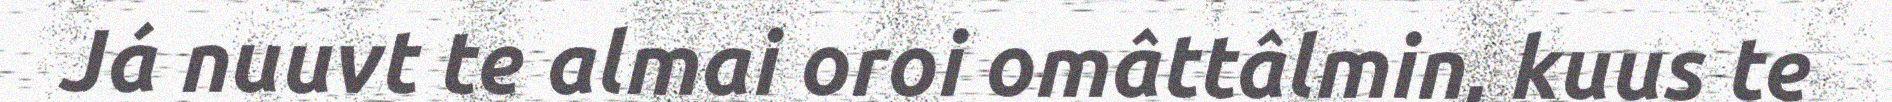
Já nuuvt te almai oroi omâttâlmin, kuus te